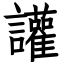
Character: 讙